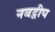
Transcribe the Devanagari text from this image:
नबद्वीप